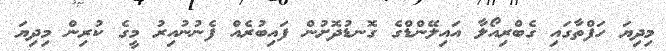
މިދިޔަ ހަފްތާގައި ގެބްރިއޯލާ އައިލޭންޑްގެ ގޮނޑުދޮށުން ފައިބުރެއް ފެނުނުއިރު މީގެ ކުރިން މިދިޔަ